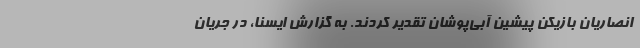
انصاریان بازیکن پیشین آبی‌پوشان تقدیر کردند. به گزارش ایسنا، در جریان